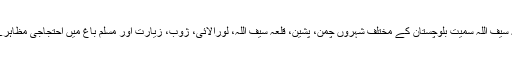
پی ٹی ایم کی کال پر ابراہیم ارمان لونی کے آبائی شہر قلعہ سیف اللہ سمیت بلوچستان کے مختلف شہروں چمن، پشین، قلعہ سیف اللہ، لورالائی، ژوب، زیارت اور مسلم باغ میں احتجاجی مظاہرے ہوئے جن میں لوگوں کی ایک بڑی تعداد نے شرکت کی۔